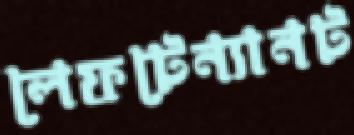
লেফটেন্যানট